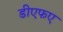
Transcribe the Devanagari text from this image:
डीएफए